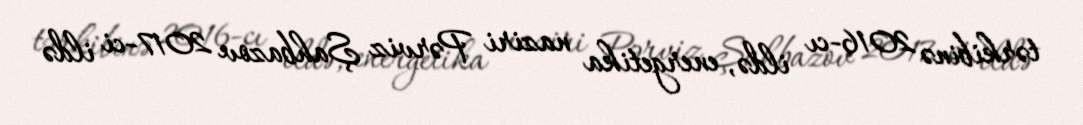
tərkibinə 2016-cı ildə, energetika naziri Pərviz Şahbazov 2017-ci ildə